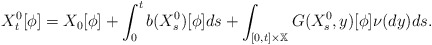
\begin{align*}X_{t}^{0}[\phi ]=X_{0}[\phi ]+\int_{0}^{t}b(X_{s}^{0})[\phi]ds+\int_{[0,t]\times \mathbb{X}}G(X_{s}^{0},y)[\phi ]\nu (dy)ds.\end{align*}